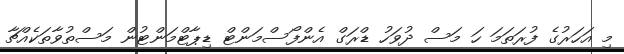
މި އަހަރުގެ ފުރަތަމަ ހަ މަސް ދުވަހު ޑްރަގް އެންފޯސްމަންޓް ޑިޕާޓްމަންޓުން މަސްތުވާތަކެއްޗާ